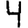
Digit: 4